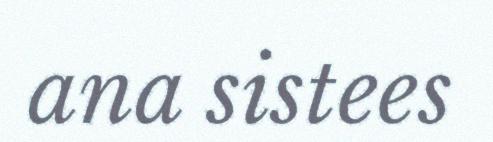
ana sistees